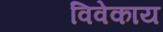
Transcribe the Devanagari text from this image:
विवेकाय